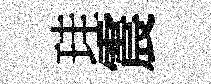
珪震